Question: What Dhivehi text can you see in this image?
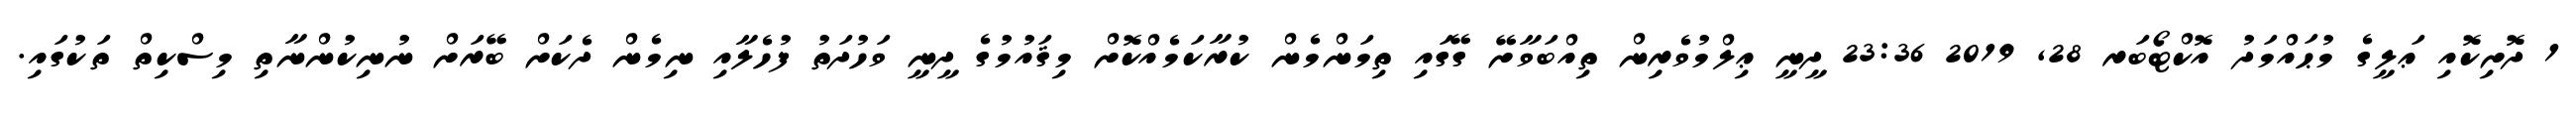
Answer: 1 ދޮށިކޮއި ޢަލީގެ މުޙައްމަދު އޮކްޓޯބަރ 28, 2019 23:36 ދީނީ ޢިލްމުވެރިން ތިއްބަވާށޭ ގޭގައި ތިމަންމެން ކުރާކަމެއްކޮށް މިޤައުމުގެ ދީނީ ވަހުދަތު ފުހެލާއި ނިމެން ދެކަށް ބޭރަށް ނުނިކުންނާތި މިސްކިތް ތަކުގައި.